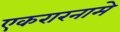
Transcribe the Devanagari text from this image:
एकरारनामे